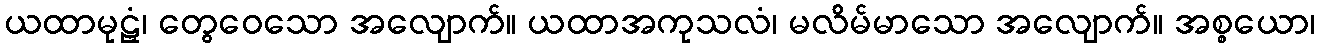
ယထာမုဠှံ၊ တွေဝေသော အလျောက်။ ယထာအကုသလံ၊ မလိမ်မာသော အလျောက်။ အစ္စယော၊